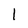
Character: l